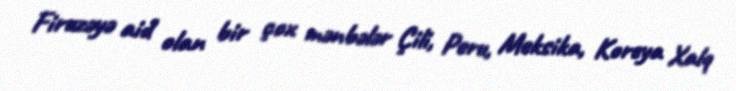
Firuzəyə aid olan bir çox mənbələr Çili, Peru, Meksika, Koreya Xalq